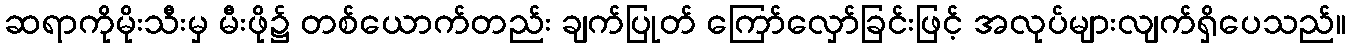
ဆရာကိုမိုးသီးမှ မီးဖို၌ တစ်ယောက်တည်း ချက်ပြုတ် ကြော်လှော်ခြင်းဖြင့် အလုပ်များလျက်ရှိပေသည်။